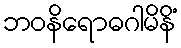
ဘဝနိရောဓဂါမိနိံ